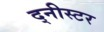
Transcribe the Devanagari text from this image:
द्नीस्टर